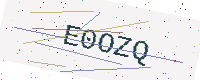
Text: E0OZQ